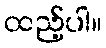
ထည့်ပါ။